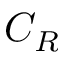
C _ { R }